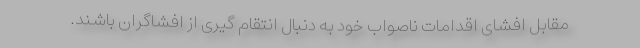
مقابل افشای اقدامات ناصواب خود به دنبال انتقام گیری از افشاگران باشند.